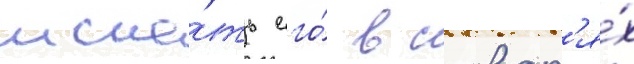
иска́ть его́ в словар'я́х